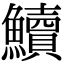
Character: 𩽆